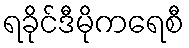
ရခိုင်ဒီမိုကရေစီ